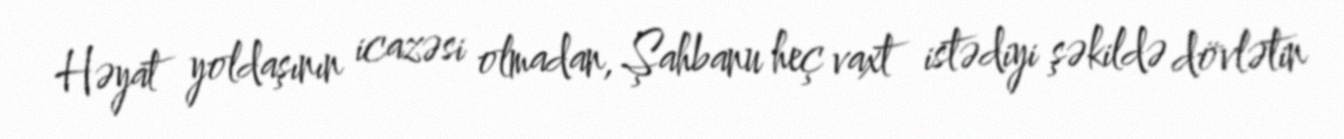
Həyat yoldaşının icazəsi olmadan, Şahbanu heç vaxt istədiyi şəkildə dövlətin